system: You are a helpful assistant.
user:
Analyze the provided spectrum to determine if it is a **White Dwarf (WD)**.

A White Dwarf spectrum is defined by its **extreme purity** (due to gravitational settling) and/or **extreme pressure broadening** (due to high surface gravity). You must check for one of the following mutually exclusive signatures:

- **Key Visual Indicators (Check for ONE of these types):**

    - **1. DA-Type Signature (Most Common):**
        - **(Primary Feature):** Extreme pressure broadening (Stark broadening) of the **Hydrogen (H) Balmer lines**.
        - **(Key Lines):** $H\beta$ (approx. $4861$ Å) and $H\gamma$ (approx. $4340$ Å). $H\alpha$ (approx. $6563$ Å) will also be present if the wavelength range covers it.
        - **(Line Profile):** This is the **defining feature**. The lines are **NOT** sharp. They appear as massive, **extremely broad and deep "troughs" or "dips"** in the spectrum, often hundreds of Ångströms wide. The continuum will appear to "scoop" down at these wavelengths.
        - **(Distinction):** Normal A-type or B-type stars have *narrow* and *sharp* Hydrogen lines. A DA White Dwarf's lines are unmistakably "smeared" or "blurry" from pressure.

    - **2. DB-Type Signature:**
        - **(Primary Feature):** Broad absorption lines from **Neutral Helium (He I)**. The spectrum must lack any visible Hydrogen lines.
        - **(Key Lines):** Look for broad absorption near $4471$ Å, $4921$ Å, and $5876$ Å.
        - **(Line Profile):** These lines are also significantly pressure-broadened, appearing much wider than they would in a normal B-type main-sequence star.

    - **3. DC-Type Signature:**
        - **(Primary Feature):** A **featureless continuous spectrum**.
        - **(Line Profile):** The spectrum is a smooth curve with **no significant absorption or emission lines**.
        - **(Key Confirmation):** The continuum is almost always **blue or white**, indicating a hot object. This signature implies the atmosphere is so pure (or so cool) that no spectral lines are visible in the optical range. Its WD identity is confirmed by its extremely low intrinsic brightness (high absolute magnitude).

    - **4. DZ-Type Signature (Metal-Polluted):**
        - **(Primary Feature):** **Isolated, narrow metal absorption lines** on an otherwise featureless (DC-like) continuum.
        - **(Key Lines):** The **Calcium (Ca II) H & K doublet** (approx. **$3934$ Å** and **$3968$ Å**) is the most common and defining feature.
        - **(Line Profile):** These lines are "out of place." They are *not* part of a "forest" of thousands of lines. This signature is evidence of recent *accretion* (pollution) from rocky debris.
        - **(Distinction):** Normal G/K/M stars have a *dense forest* of thousands of metal lines. A DZ has a *clean* continuum with *only a few* strong metal lines.

    - **5. DQ-Type Signature (Carbon-Polluted):**
        - **(Primary Feature):** Absorption bands from **Carbon (C₂ "Swan Bands" or atomic C I)**.
        - **(Key Lines - C₂):** Look for bandheads with a "saw-tooth" shape near $5635$ Å, **$5165$ Å** (strongest), and $4737$ Å.
        - **(Key Confirmation):** The underlying **continuum must be blue or white** (hot).
        - **(Distinction):** This is the critical difference from a **Carbon Star**, which has the *exact same* C₂ bands but on an extremely **red, cool** continuum.

- **(Overall Spectrum):**
    - The continuum (overall shape) is typically **blue-sloping** (brighter in the blue than the red), as most white dwarfs are very hot.
    - The spectrum will look "pure" or "simple," dominated by only *one* of the five signatures listed above.

Think first, call **spectral_visualization_tool** if needed to examine features in detail, then provide your final answer. Your response must adhere to the following strict rules:
1.  **Overall Structure:** Your response must follow the format `<think>...</think> <tool_call>...</tool_call> (if a tool is used) <answer>...</answer>`.
2.  **Tool Usage Constraint:** You may only make **one** tool call per turn.
3.  **Final Answer Format:** In the `<answer>` tag, your conclusion must be inside a `\boxed{}` command (e.g., `\boxed{YES}` or `\boxed{NO}`), followed by your justification.

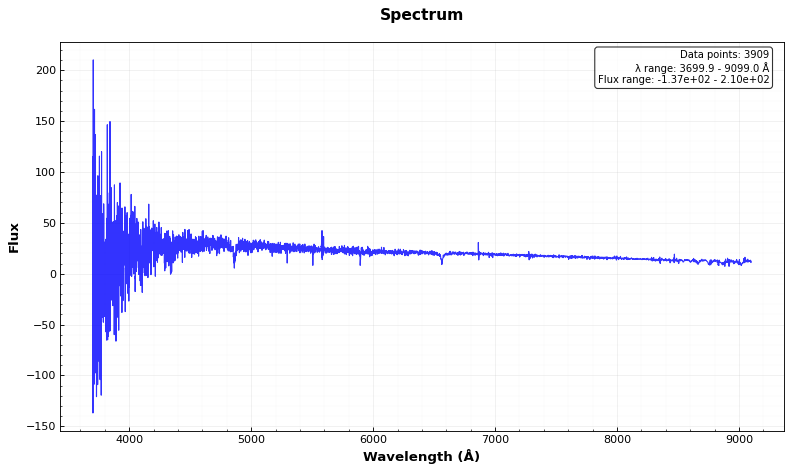
Answer: YES